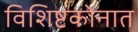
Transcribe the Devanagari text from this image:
विशिष्टकोनात